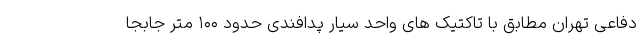
دفاعی تهران مطابق با تاکتیک های واحد سیار پدافندی حدود ۱۰۰ متر جابجا